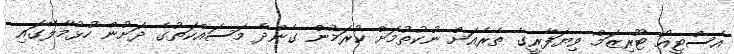
އެސްޓީއޯ ޓޫރިޒަމް ވިޔަފާރީގެ ތެރެއަށް ނުކުތުމަށް ކުރަމުން ގެންދާ މަސައްކަތުގެ ދަށުން ހުޅުމާލޭގައި